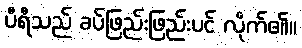
ပီရီသည် ခပ်ဖြည်းဖြည်းပင် လိုက်၏။